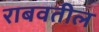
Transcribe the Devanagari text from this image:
राबवतील